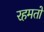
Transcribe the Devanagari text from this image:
रहमतों